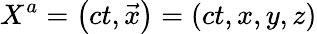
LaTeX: X^{a}=\left(ct,{\vec{x}}\right)=(ct,x,y,z)